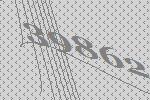
39862